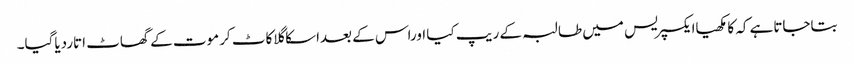
بتاجاتاہے کہ کامکھیاایکسپریس میں طالبہ کے ریپ کیا اوراس کے بعداسکاگلاکاٹ کرموت کے گھاٹ اتاردیاگیا۔